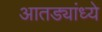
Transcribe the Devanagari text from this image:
आतड्यांध्ये